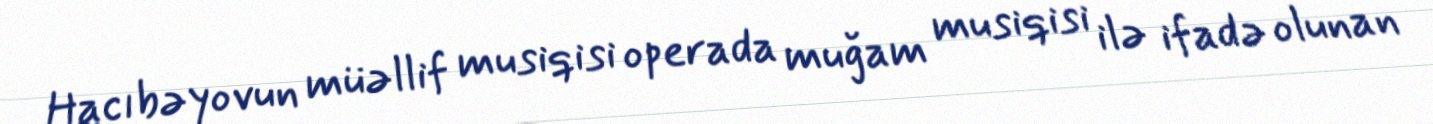
Hacıbəyovun müəllif musiqisi operada muğam musiqisi ilə ifadə olunan